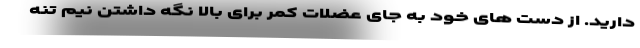
دارید. از دست های خود به جای عضلات کمر برای بالا نگه داشتن نیم تنه